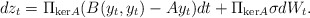
\begin{align*} dz_t = \Pi_{\mathrm{ker}A}(B(y_t,y_t)-Ay_t) dt + \Pi_{\mathrm{ker}A}\sigma dW_t. \end{align*}